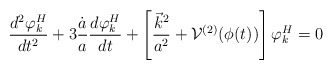
\begin{align*}\frac{d^2 \varphi^H_k}{dt^2} + 3\frac{\dot{a}}{a}\frac{d\varphi^H_k}{dt}+\left[\frac{\vec{k}^2}{a^2}+{\cal{V}}^{(2)}(\phi(t))\right]\varphi^H_k =0\end{align*}